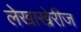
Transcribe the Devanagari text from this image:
लेखाखेरीज